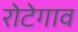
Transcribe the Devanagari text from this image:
रोटेगाव